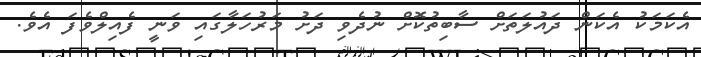
އެކަމަކު އެކަން ދައުލަތަށް ސާބިތުކޮށް ނުދެވި ދަށު މަރުހަލާގައި ވަނީ ފެއިލްވެފަ އެވެ.